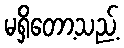
မရှိတော့သည့်